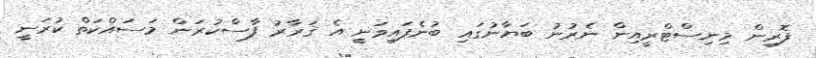
ފޮރިން މިނިސްޓްރީއިން ނެރުނު ބަޔާނުގައި ބުނެފައިވަނީ އެ ޤަރާރު ފާސްކުރަން މަސައްކަތް ކުރަނީ